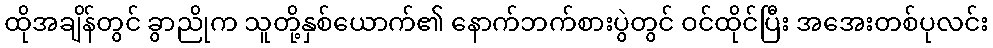
ထိုအချိန်တွင် ခွာညိုက သူတို့နှစ်ယောက်၏ နောက်ဘက်စားပွဲတွင် ဝင်ထိုင်ပြီး အအေးတစ်ပုလင်း